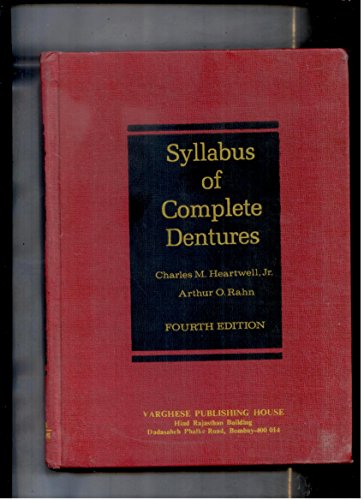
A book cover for Syllabus of Complete Dentures; Charles M., Jr. Heartwell; Medical Books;